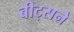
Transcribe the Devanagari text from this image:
बीट्सने